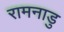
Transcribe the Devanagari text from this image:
रामनाडु